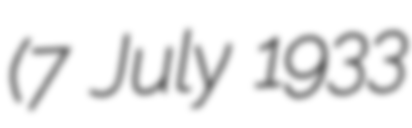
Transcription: (7 July 1933